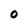
Character: O